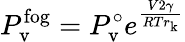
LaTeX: P_{\mathrm{v}}^{\mathrm{fog}}=P_{\mathrm{v}}^{\circ}e^{\frac{V2\gamma}{RTr_{\mathrm{k}}}}